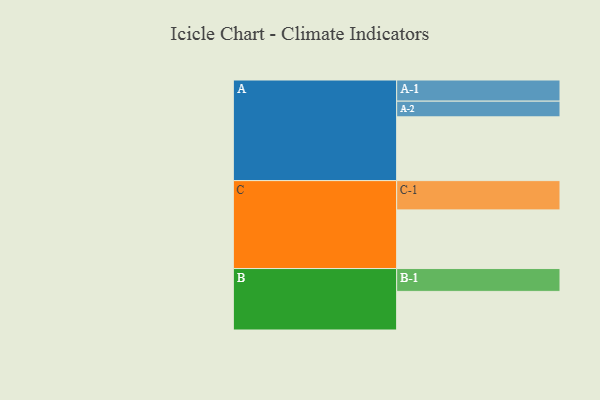
{"axis": {"x": "Segment", "y": "Value"}, "legend": ["", "A", "B", "C"], "data": [{"x": "A", "y": 573, "type": ""}, {"x": "B", "y": 347, "type": ""}, {"x": "C", "y": 527, "type": ""}, {"x": "A-1", "y": 190, "type": "A"}, {"x": "A-2", "y": 141, "type": "A"}, {"x": "B-1", "y": 205, "type": "B"}, {"x": "C-1", "y": 263, "type": "C"}]}